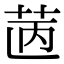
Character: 𦭯